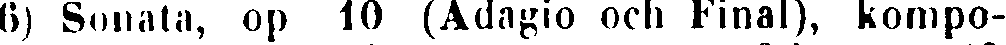
6) Sonata, op 10 (Adagio och Final), kompo-